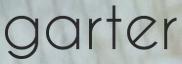
garter